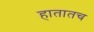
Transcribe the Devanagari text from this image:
हातातच